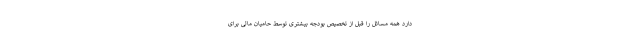
دارد همه مسائل را قبل از تخصیص بودجه بیشتری توسط حامیان مالی برای